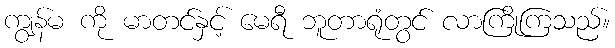
ကျွန်မ ကို မာတင်နှင့် မေရီ ဘူတာရုံတွင် လာကြိုကြသည်။